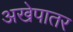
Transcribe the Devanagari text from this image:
अखेपातर